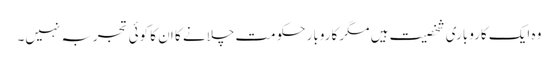
وہ ایک کاروباری شخصیت ہیں مگر کاروبار حکومت چلانے کا ان کا کوئی تجربہ نہیں۔